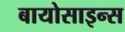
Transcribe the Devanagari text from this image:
बायोसाइन्स